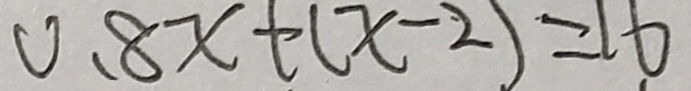
0 . 8 x + ( x - 2 ) = 1 6